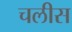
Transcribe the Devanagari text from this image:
चलीस